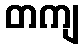
တကျ